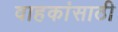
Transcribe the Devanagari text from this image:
वाहकांसाठी